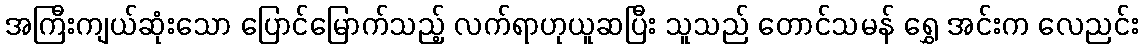
အကြီးကျယ်ဆုံးသော ပြောင်မြောက်သည့် လက်ရာဟုယူဆပြီး သူသည် တောင်သမန် ရွှေ အင်းက လေညင်း